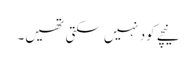
نیچے کود نہیں سکتی تھیں۔